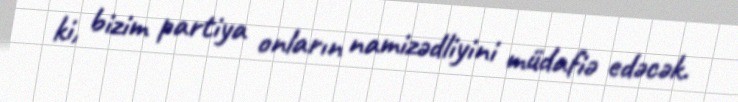
ki, bizim partiya onların namizədliyini müdafiə edəcək.